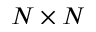
N \times N